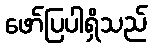
ဖော်ပြပါရှိသည်